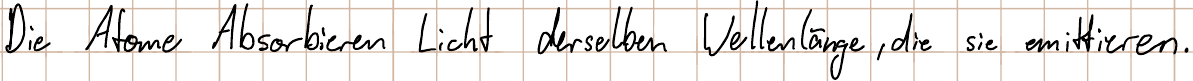
Die Atome Absorbieren Licht derselben Wellenlänge, die sie emittieren.